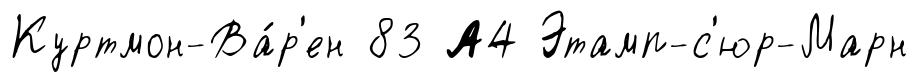
Куртмон-Ва́р'ен 83 А4 Этамп-с'юр-Марн